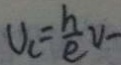
U _ { = } \frac { h } { e } v -